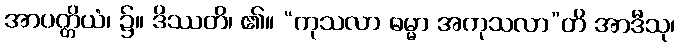
အာပတ္တိယံ၊ ၌။ ဒိဿတိ၊ ၏။ “ကုသလာ ဓမ္မာ အကုသလာ”တိ အာဒီသု၊